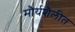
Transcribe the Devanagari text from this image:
मौर्यशैलीत